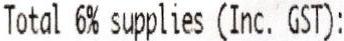
TOTAL 6% SUPPLIES (INC. GST):